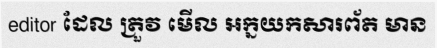
editor ដែល ត្រួវ មើល អក្នយកសារព័ត មាន